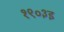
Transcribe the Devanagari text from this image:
१९०३इ